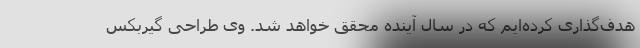
هدف‌گذاری کرده‌ایم که در سال آینده محقق خواهد شد. وی طراحی گیربکس